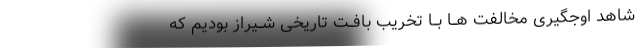
شاهد اوجگیری مخالفت هــا بــا تخریب بافــت تاریخی شــیراز بودیم که